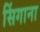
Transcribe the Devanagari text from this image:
सिंगाना